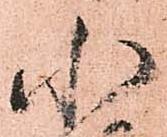
小